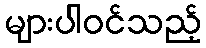
များပါဝင်သည့်